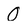
Character: O